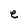
Character: e